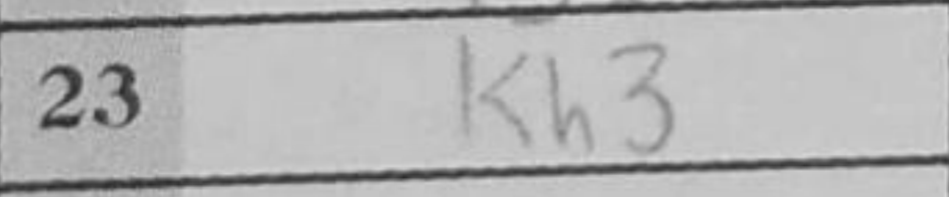
Transcription: Kh3